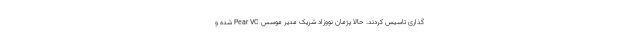
گذاری تاسیس کردند. حالا پژمان نووزاد شریک مدیر موسس Pear VC شده و